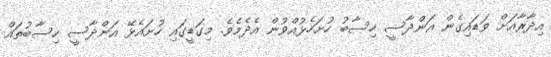
އިދާރާއަށް ވަޑައިގެން އަންދާސީ ހިސާބު ހުށަހެޅުއްވުން އެދެމެވެ. މިގަޑީގައި ހުށައެޅޭ އަންދާސީ ހިސާބުތައް